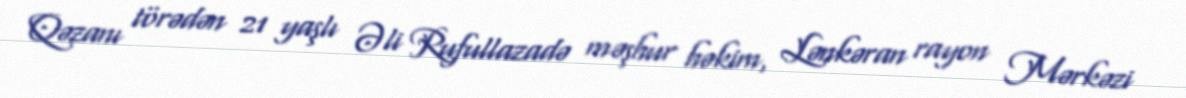
Qəzanı törədən 21 yaşlı Əli Rufullazadə məşhur həkim, Lənkəran rayon Mərkəzi